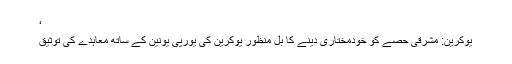
‘
یوکرین: مشرقی حصے کو خودمختاری دینے کا بِل منظور یوکرین کی یورپی یونین کے ساتھ معاہدے کی توثیق